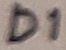
Text: D1